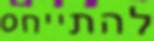
להתייחס